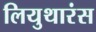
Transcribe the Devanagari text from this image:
लियुथारंस